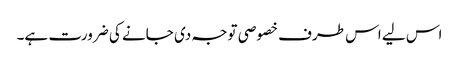
اس لیے اس طرف خصوصی توجہ دی جانے کی ضرورت ہے۔